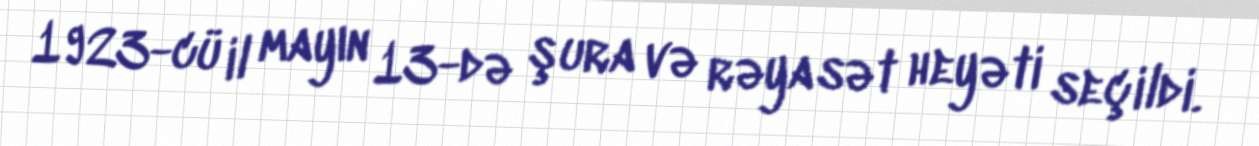
1923-cü il mayın 13-də şura və rəyasət heyəti seçildi.